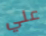
علي